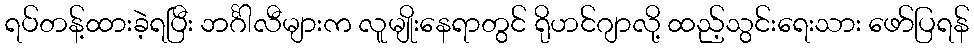
ရပ်တန့်ထားခဲ့ရပြီး ဘင်္ဂါလီများက လူမျိုးနေရာတွင် ရိုဟင်ဂျာလို့ ထည့်သွင်းရေးသား ဖော်ပြရန်